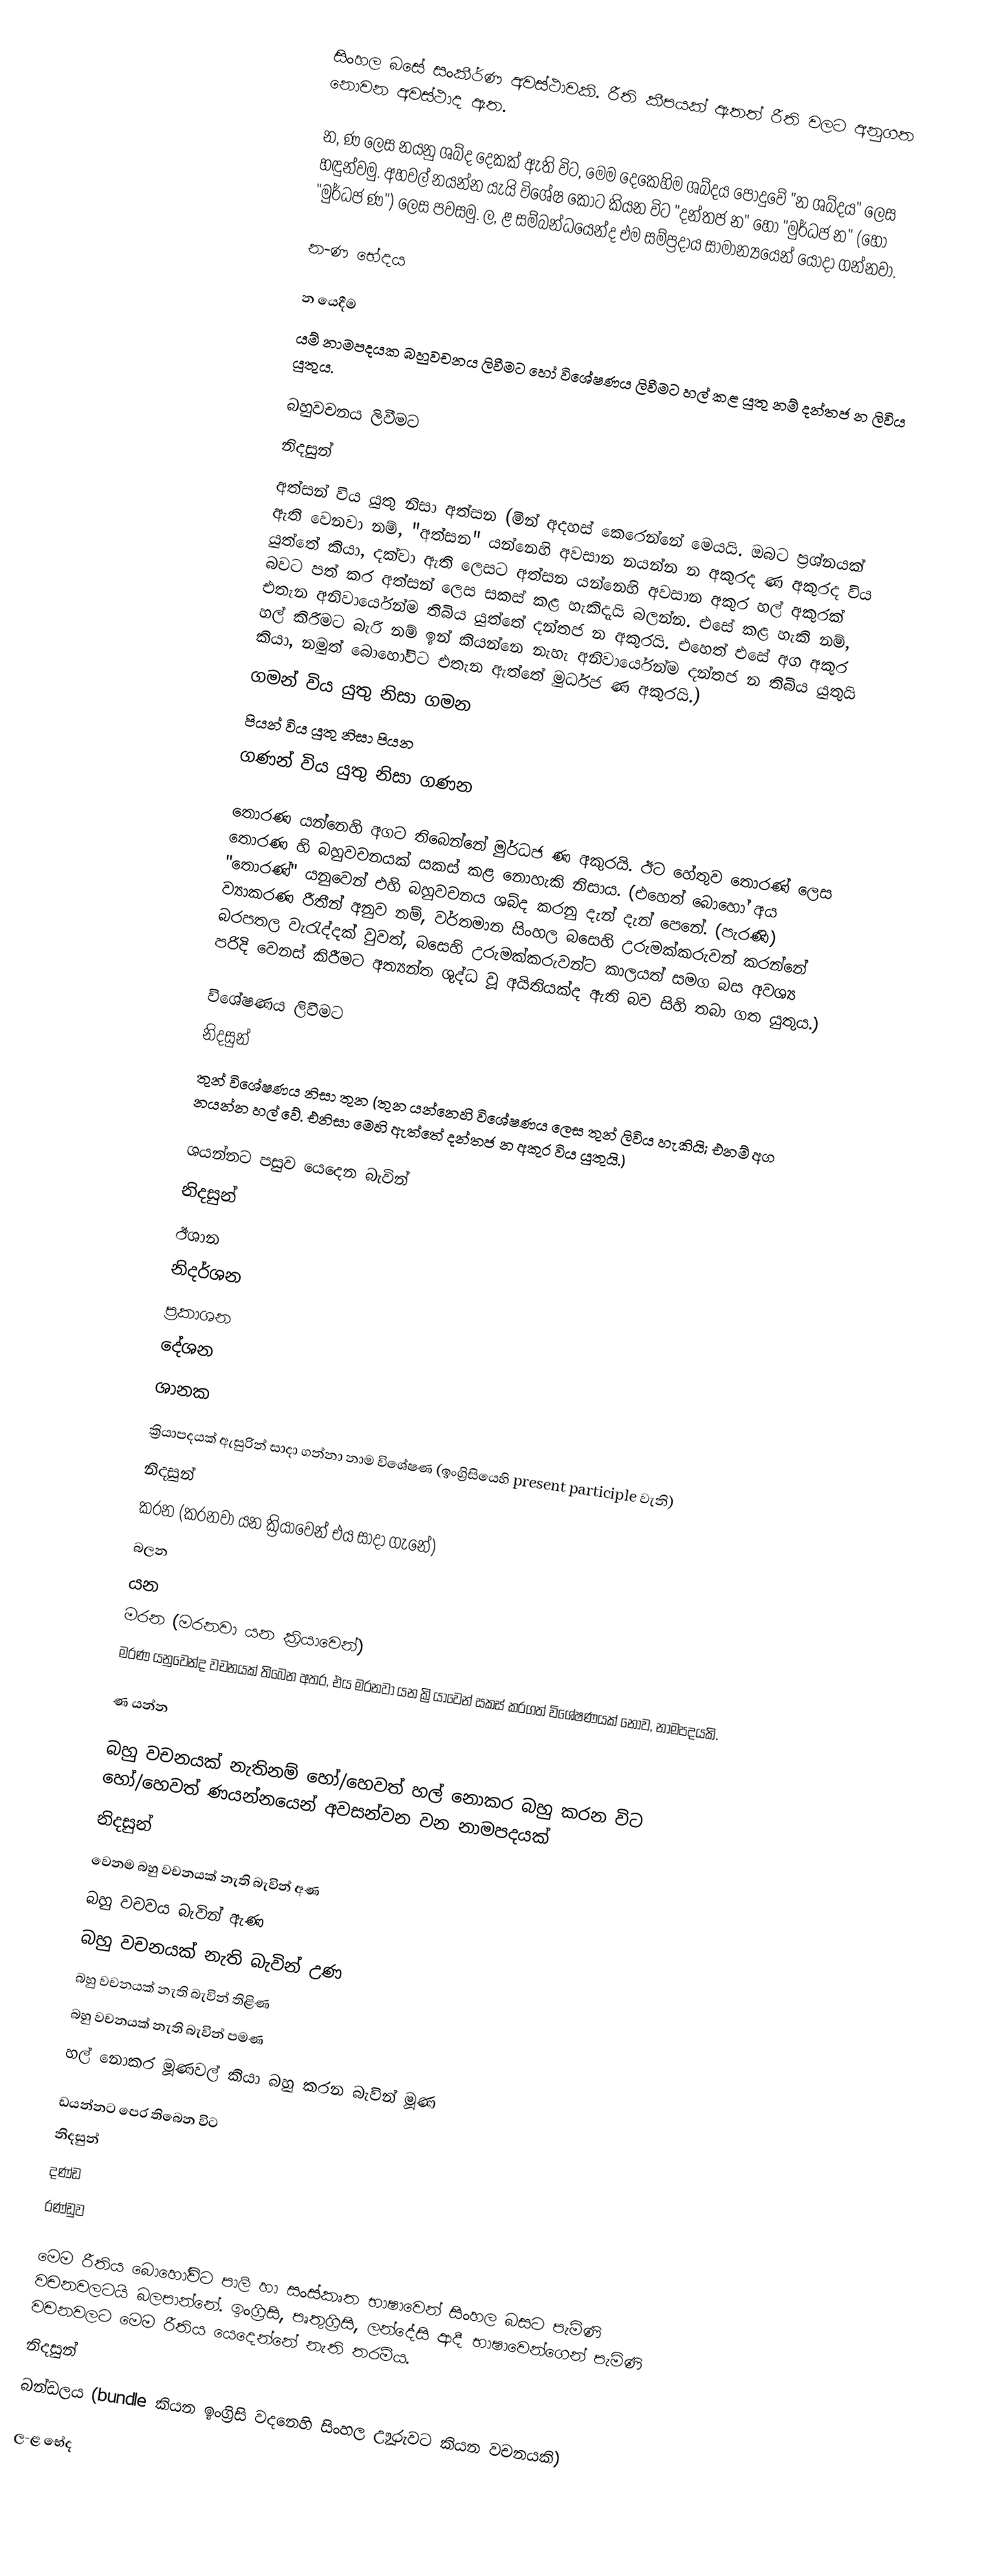
සිංහල බසේ සංකීර්ණ අවස්ථාවකි. රීති කීපයක් ඇතත් රීති වලට අනුගත නොවන අවස්ථාද ඇත.

න, ණ ලෙස නයනු ශබ්ද දෙකක් ඇති විට, මෙම දෙකෙහිම ශබ්දය පොදුවේ "න ශබ්දය" ලෙස හඳුන්වමු. අහවල් නයන්න යැයි විශේෂ කොට කියන විට "දන්තජ න" හෝ "මුර්ධජ න" (හෝ "මුර්ධජ ණ") ලෙස පවසමු. ල, ළ සම්බන්ධයෙන්ද එම සම්ප්‍රදාය සාමාන්‍යයෙන් යොදා ගන්නවා.

න-ණ භේදය

න යෙදීම
යම් නාමපදයක බහුවචනය ලිවීමට හෝ විශේෂණය ලිවීමට හල් කළ යුතු නම් දන්තජ න ලිවිය යුතුය.

බහුවචනය ලිවීමට
නිදසුන්
 අත්සන් විය යුතු නිසා අත්සන (මින් අදහස් කෙරෙන්නේ මෙයයි. ඔබට ප්‍රශ්නයක් ඇති වෙනවා නම්, "අත්සන" යන්නෙහි අවසාන නයන්න න අකුරද ණ අකුරද විය යුත්තේ කියා, දක්වා ඇති ලෙසට අත්සන යන්නෙහි අවසාන අකුර හල් අකුරක් බවට පත් කර අත්සන් ලෙස සකස් කළ හැකිදැයි බලන්න. එසේ කළ හැකි නම්, එතැන අනිවාර්යෙන්ම තිබිය යුත්තේ දන්තජ න අකුරයි. එහෙත් එසේ අග අකුර හල් කිරීමට බැරි නම් ඉන් කියන්නෙ නැහැ අනිවාර්යෙන්ම දන්තජ න තිබිය යුතුයි කියා, නමුත් බොහෝවිට එතැන ඇත්තේ මුර්ධජ ණ අකුරයි.)
 ගමන් විය යුතු නිසා ගමන
 පියන් විය යුතු නිසා පියන
 ගණන් විය යුතු නිසා ගණන

තොරණ යන්නෙහි අගට තිබෙන්නේ මුර්ධජ ණ අකුරයි. ඊට හේතුව තොරණ් ලෙස තොරණ හි බහුවචනයක් සකස් කළ නොහැකි නිසාය. (එහෙත් බොහෝ අය "තොරණ්" යනුවෙන් එහි බහුවචනය ශබ්ද කරනු දැන් දැන් පෙනේ. (පැරණි) ව්‍යාකරණ රීතීන් අනුව නම්, වර්තමාන සිංහල බසෙහි උරුමක්කරුවන් කරන්නේ බරපතල වැරැද්දක් වුවත්, බසෙහි උරුමක්කරුවන්ට කාලයත් සමග බස අවශ්‍ය පරිදි වෙනස් කිරීමට අත්‍යන්ත ශුද්ධ වූ අයිතියක්ද ඇති බව සිහි තබා ගත යුතුය.)

විශේෂණය ලිවීමට
නිදසුන්
 තුන් විශේෂණය නිසා තුන (තුන යන්නෙහි විශේෂණය ලෙස තුන් ලිවිය හැකියි; එනම් අග නයන්න හල් වේ. එනිසා මෙහි ඇත්තේ දන්තජ න අකුර විය යුතුයි.)

ශයන්නට පසුව යෙදෙන බැවින්
නිදසුන්
 ඊශාන
 නිදර්ශන
 ප්‍රකාශන
 දේශන
 ශානක

ක්‍රියාපදයක් ඇසුරින් සාදා ගන්නා නාම විශේෂණ (ඉංග්‍රිසියෙහි present participle වැනි)
නිදසුන්
කරන (කරනවා යන ක්‍රියාවෙන් එය සාදා ගැනේ)
බලන
යන
මරන (මරනවා යන ක්‍රියාවෙන්)
මරණ යනුවෙන්ද වචනයක් තිබෙන අතර, එය මරනවා යන ක්‍රියාවෙන් සකස් කරගත් විශේෂණයක් නොව, නාමපදයකි.

ණ  යන්න

බහු වචනයක් නැතිනම් හෝ/හෙවත් හල් නොකර බහු කරන විට හෝ/හෙවත් ණයන්නයෙන් අවසන්වන වන නාමපදයක්
නිදසුන්
 වෙනම බහු වචනයක් නැති බැවින් අණ
 බහු වචවය බැවින් ඇණ
 බහු වචනයක් නැති බැවින් උණ
 බහු වචනයක් නැති බැවින් තිළිණ
 බහු වචනයක් නැති බැවින් පමණ
 හල් නොකර මූණවල් කියා බහු කරන බැවින් මූණ

ඩයන්නට පෙර තිබෙන විට
නිදසුන්
දණ්ඩ
රණ්ඩුව

මෙම රීතිය බොහෝවිට පාලි හා සංස්කෘත භාෂාවෙන් සිංහල බසට පැමිණි වචනවලටයි බලපාන්නේ. ඉංග්‍රිසි, පෘතුග්‍රිසි, ලන්දේසි ආදී භාෂාවෙන්ගෙන් පැමිණි වචනවලට මෙම රීතිය යෙදෙන්නේ නැති තරම්ය.
නිදසුන්
බන්ඩලය (bundle කියන ඉංග්‍රිසි වදනෙහි සිංහල උූෟරුවට කියන වචනයකි)

ල-ළ භේද